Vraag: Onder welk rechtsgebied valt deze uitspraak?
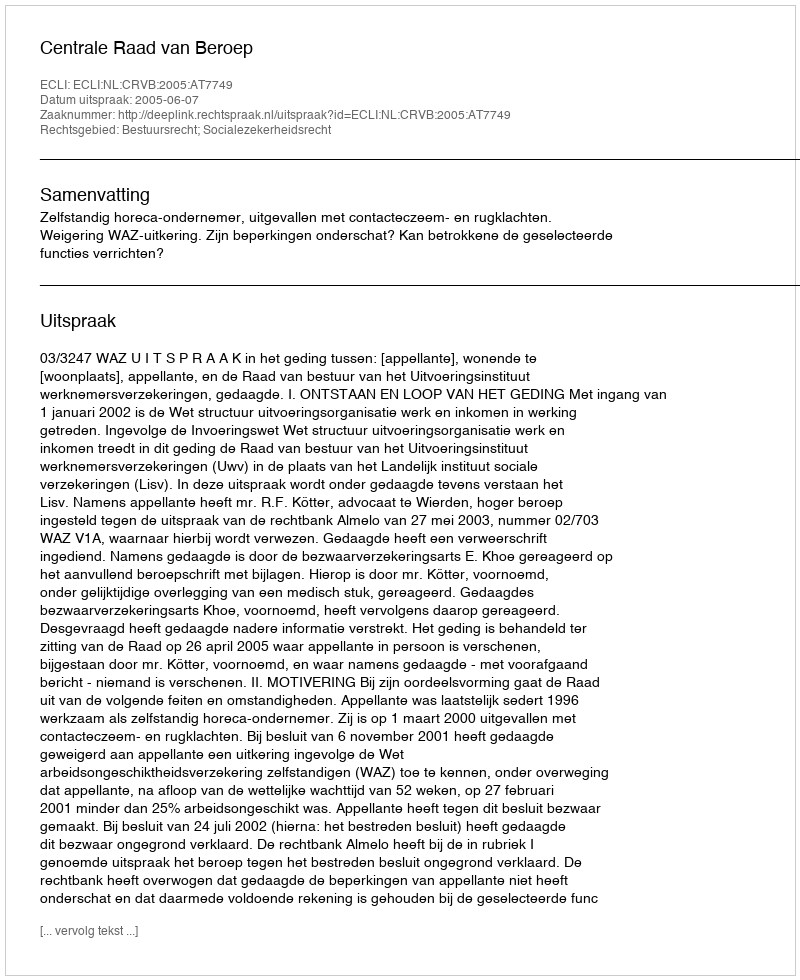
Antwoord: Bestuursrecht; Socialezekerheidsrecht